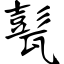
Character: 甏